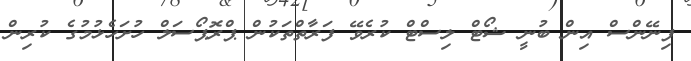
ފިނޭންސް އިން ބުނީ ޝޯޓް ލިސްޓް ކުރެވޭ ފަރާތްތަކުން ޕްރޮޕޯސަލް ހުށަހެޅުމުގެ ކުރިން